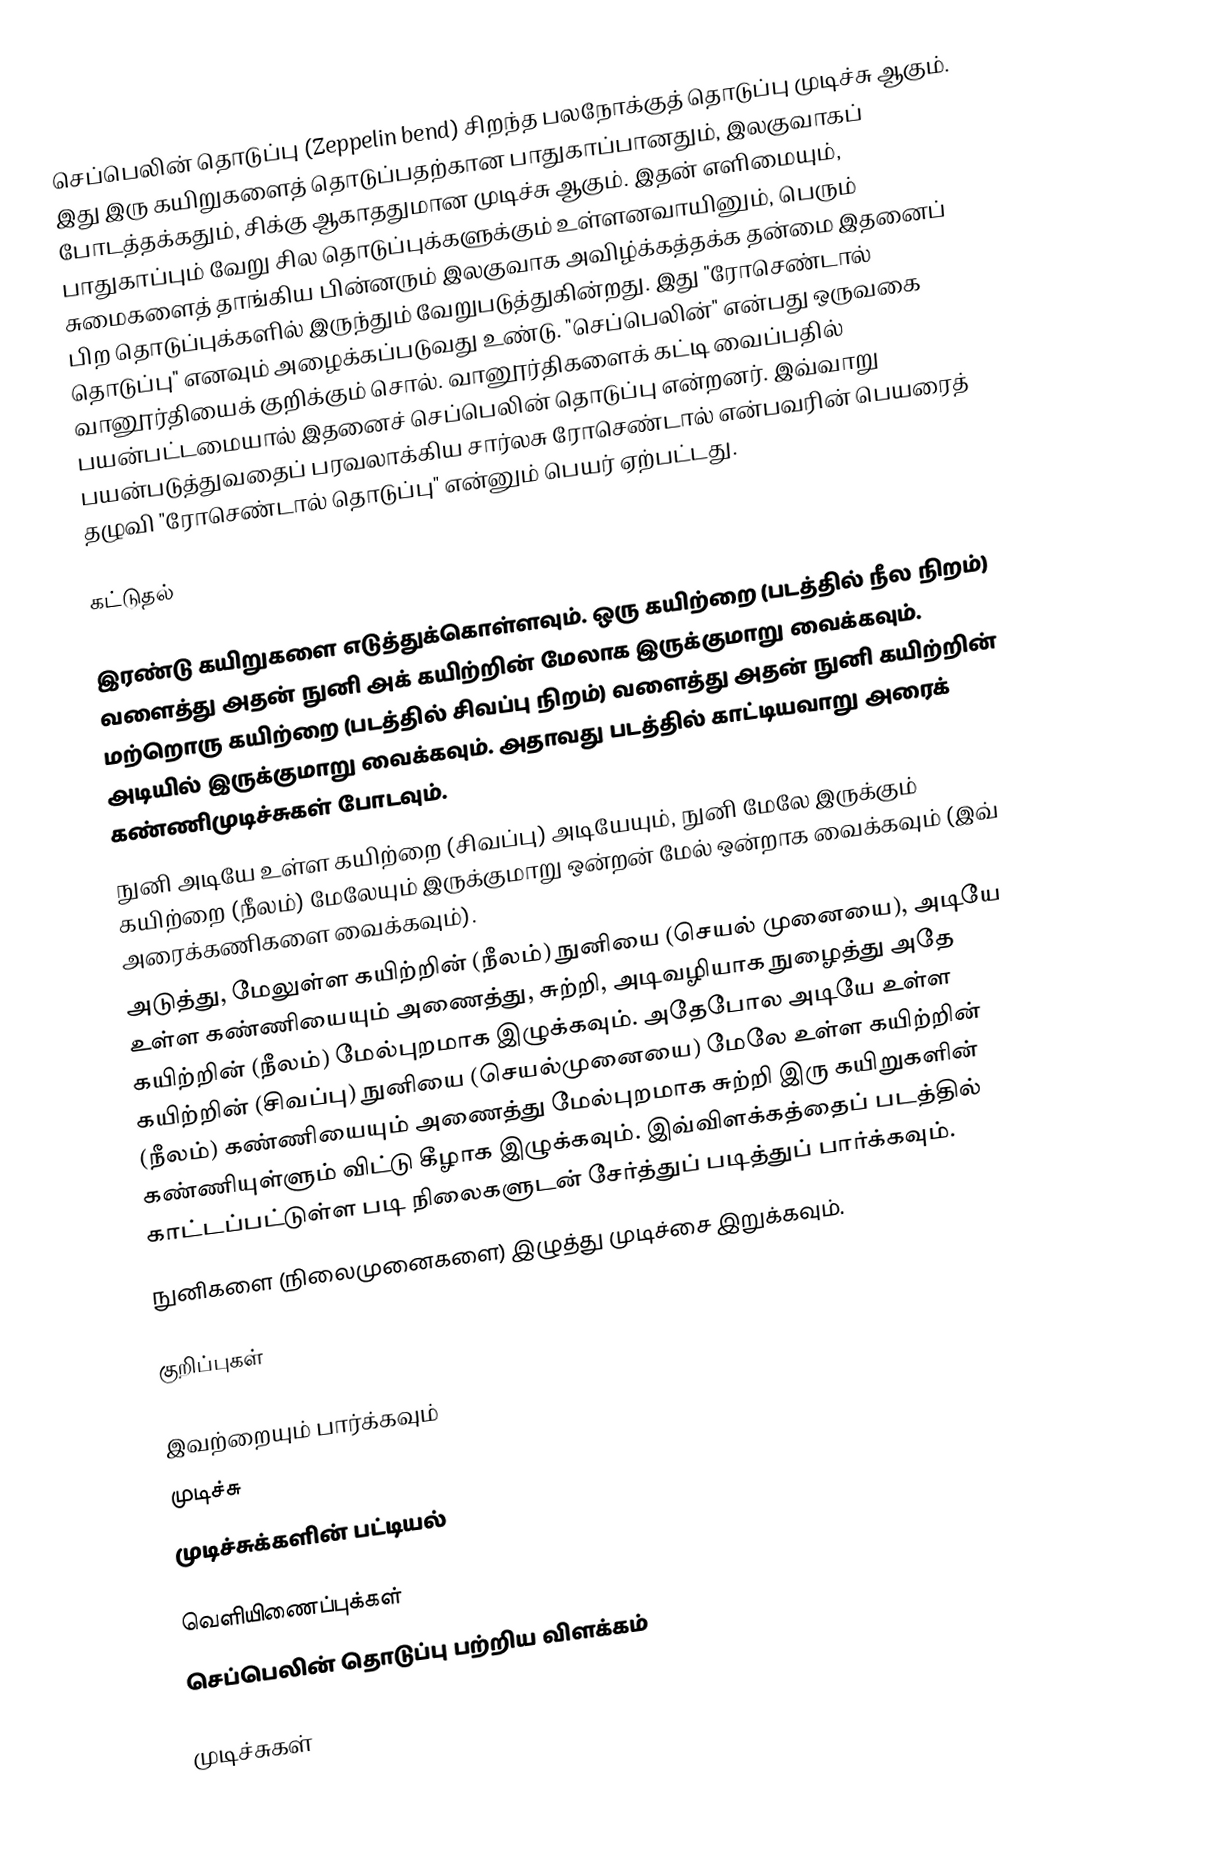
செப்பெலின் தொடுப்பு (Zeppelin bend) சிறந்த பலநோக்குத் தொடுப்பு முடிச்சு ஆகும். இது இரு கயிறுகளைத் தொடுப்பதற்கான பாதுகாப்பானதும், இலகுவாகப் போடத்தக்கதும், சிக்கு ஆகாததுமான முடிச்சு ஆகும். இதன் எளிமையும், பாதுகாப்பும் வேறு சில தொடுப்புக்களுக்கும் உள்ளனவாயினும், பெரும் சுமைகளைத் தாங்கிய பின்னரும் இலகுவாக அவிழ்க்கத்தக்க தன்மை இதனைப் பிற தொடுப்புக்களில் இருந்தும் வேறுபடுத்துகின்றது. இது "ரோசெண்டால் தொடுப்பு" எனவும் அழைக்கப்படுவது உண்டு. "செப்பெலின்" என்பது ஒருவகை வானூர்தியைக் குறிக்கும் சொல். வானூர்திகளைக் கட்டி வைப்பதில் பயன்பட்டமையால் இதனைச் செப்பெலின் தொடுப்பு என்றனர். இவ்வாறு பயன்படுத்துவதைப் பரவலாக்கிய சார்லசு ரோசெண்டால் என்பவரின் பெயரைத் தழுவி "ரோசெண்டால் தொடுப்பு" என்னும் பெயர் ஏற்பட்டது.

கட்டுதல்

 இரண்டு கயிறுகளை எடுத்துக்கொள்ளவும். ஒரு கயிற்றை (படத்தில் நீல நிறம்) வளைத்து அதன் நுனி அக் கயிற்றின் மேலாக இருக்குமாறு வைக்கவும். மற்றொரு கயிற்றை (படத்தில் சிவப்பு நிறம்) வளைத்து அதன் நுனி கயிற்றின் அடியில் இருக்குமாறு வைக்கவும். அதாவது படத்தில் காட்டியவாறு அரைக் கண்ணிமுடிச்சுகள் போடவும்.
 நுனி அடியே உள்ள கயிற்றை (சிவப்பு) அடியேயும், நுனி மேலே இருக்கும் கயிற்றை (நீலம்) மேலேயும் இருக்குமாறு ஒன்றன் மேல் ஒன்றாக வைக்கவும் (இவ் அரைக்கணிகளை வைக்கவும்).
 அடுத்து,  மேலுள்ள கயிற்றின் (நீலம்) நுனியை (செயல் முனையை), அடியே உள்ள கண்ணியையும் அணைத்து, சுற்றி, அடிவழியாக நுழைத்து அதே கயிற்றின் (நீலம்) மேல்புறமாக இழுக்கவும். அதேபோல அடியே உள்ள கயிற்றின் (சிவப்பு) நுனியை (செயல்முனையை) மேலே உள்ள கயிற்றின் (நீலம்) கண்ணியையும் அணைத்து மேல்புறமாக சுற்றி இரு கயிறுகளின் கண்ணியுள்ளும் விட்டு கீழாக இழுக்கவும். இவ்விளக்கத்தைப் படத்தில் காட்டப்பட்டுள்ள படி நிலைகளுடன் சேர்த்துப் படித்துப் பார்க்கவும்.
 நுனிகளை (நிலைமுனைகளை) இழுத்து முடிச்சை இறுக்கவும்.

குறிப்புகள்

இவற்றையும் பார்க்கவும்
 முடிச்சு
 முடிச்சுக்களின் பட்டியல்

வெளியிணைப்புக்கள்
செப்பெலின் தொடுப்பு பற்றிய விளக்கம்

முடிச்சுகள்